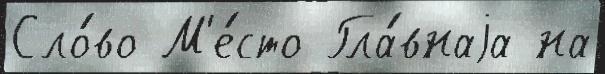
Сло́во М'е́сто Гла́внаjа на